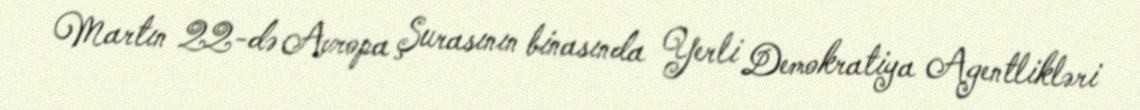
Martın 22-də Avropa Şurasının binasında Yerli Demokratiya Agentlikləri